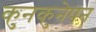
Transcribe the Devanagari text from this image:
कुनकुनेपन